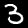
Digit: 3